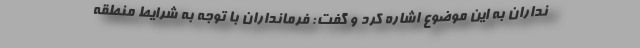
نداران به این موضوع اشاره کرد و گفت: فرمانداران با توجه به شرایط منطقه